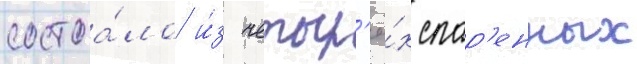
состоа́ло и́з четыр'ё́х спар'енных